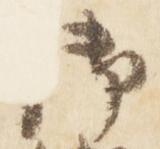
御